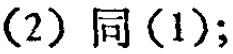
(2) 同 (1);